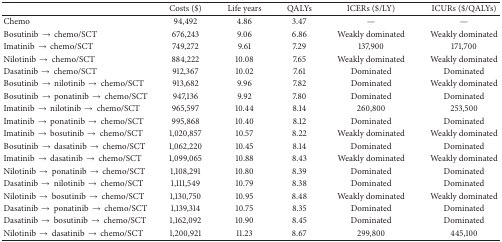
|  | Costs ($) | Life years | QALYs | ICERs ($/LY) | ICURs ($/QALYs) |
 | --- | --- | --- | --- | --- | --- |
 | Chemo | 94,492 | 4.86 | 3.47 | — | — |
 | Bosutinib → chemo/SCT | 676,243 | 9.06 | 6.86 | Weakly dominated | Weakly dominated |
 | Imatinib → chemo/SCT | 749,272 | 9.61 | 7.29 | 137,900 | 171,700 |
 | Nilotinib → chemo/SCT | 884,222 | 10.08 | 7.65 | Weakly dominated | Weakly dominated |
 | Dasatinib → chemo/SCT | 912,367 | 10.02 | 7.61 | Dominated | Dominated |
 | Bosutinib → nilotinib → chemo/SCT | 913,682 | 9.96 | 7.82 | Dominated | Weakly dominated |
 | Bosutinib → ponatinib → chemo/SCT | 947,136 | 9.92 | 7.80 | Dominated | Dominated |
 | Imatinib → nilotinib → chemo/SCT | 965,597 | 10.44 | 8.14 | 260,800 | 253,500 |
 | Imatinib → ponatinib → chemo/SCT | 995,868 | 10.40 | 8.12 | Dominated | Dominated |
 | Imatinib → bosutinib → chemo/SCT | 1,020,857 | 10.57 | 8.22 | Weakly dominated | Weakly dominated |
 | Bosutinib → dasatinib → chemo/SCT | 1,062,220 | 10.45 | 8.14 | Dominated | Dominated |
 | Imatinib → dasatinib → chemo/SCT | 1,099,065 | 10.88 | 8.43 | Weakly dominated | Weakly dominated |
 | Nilotinib → ponatinib → chemo/SCT | 1,108,291 | 10.80 | 8.39 | Dominated | Dominated |
 | Dasatinib → nilotinib → chemo/SCT | 1,111,549 | 10.79 | 8.38 | Dominated | Dominated |
 | Nilotinib → bosutinib → chemo/SCT | 1,130,750 | 10.95 | 8.48 | Weakly dominated | Weakly dominated |
 | Dasatinib → ponatinib → chemo/SCT | 1,139,314 | 10.75 | 8.35 | Dominated | Dominated |
 | Dasatinib → bosutinib → chemo/SCT | 1,162,092 | 10.90 | 8.45 | Dominated | Dominated |
 | Nilotinib → dasatinib → chemo/SCT | 1,200,921 | 11.23 | 8.67 | 299,800 | 445,100 |